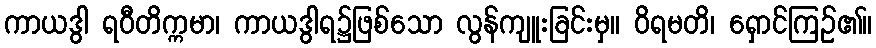
ကာယဒွါ ရဝီတိက္ကမာ၊ ကာယဒွါရ၌ဖြစ်သော လွန်ကျူးခြင်းမှ။ ဝိရမတိ၊ ရှောင်ကြဉ်၏။